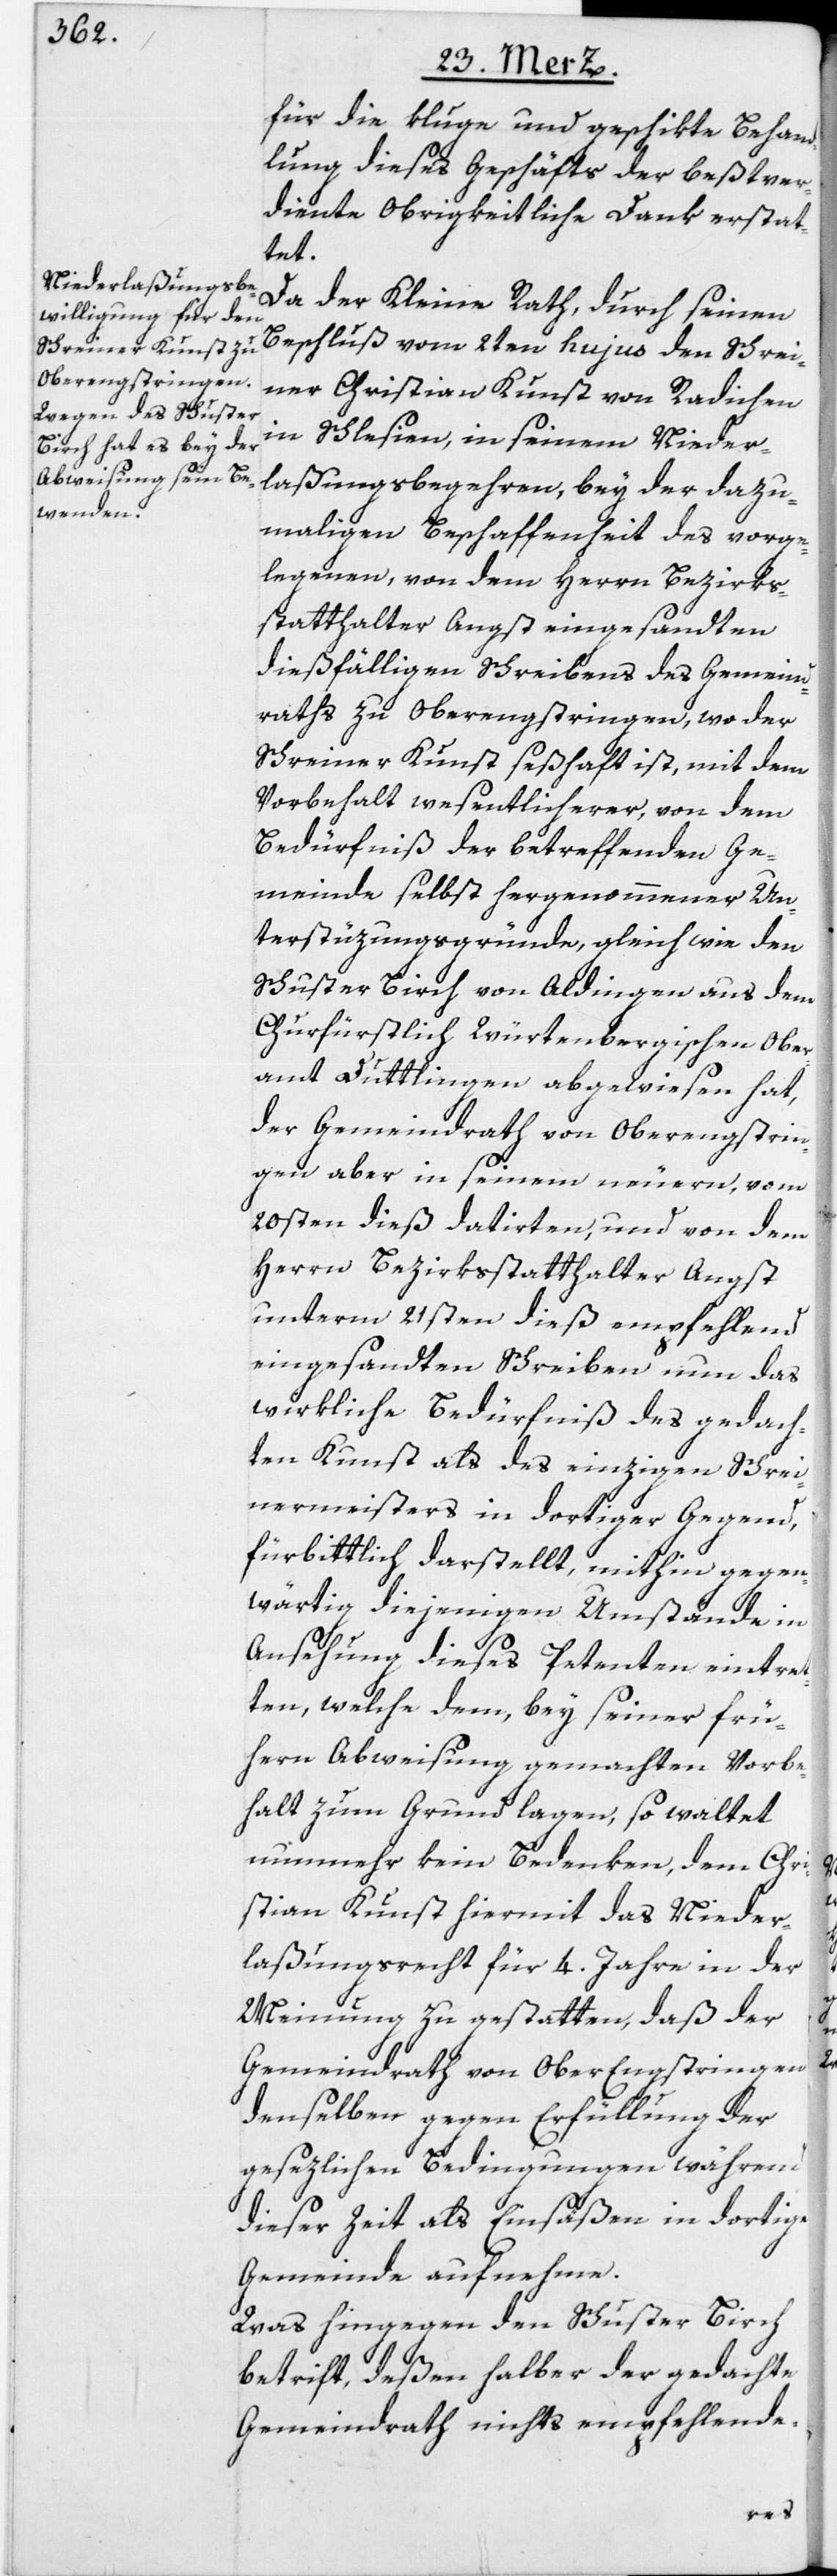
für die kluge und geschikte Behand¬
lung dieses Geschäfts der beßtver¬
diente Obrigkeitliche Dank erstat¬
tet.
Da der Kleine Rath, durch seinen
Beschluß vom 2ten hujus den Schrei¬
ner Christian Kunst von Radichen
in Schlesien, in seinem Nieder¬
laßungsbegehren, bey der dazu¬
maligen Beschaffenheit des vorge¬
legenen, von dem Herrn Bezirks¬
statthalter Angst eingesandten
dießfälligen Schreibens des Gemeind¬
raths zu Oberengstringen, wo der
Schreiner Kunst seßhaft ist, mit dem
Vorbehalt wesentlicherer, von dem
Bedürfniß der betreffenden Ge¬
meinde selbst hergenommener Un¬
terstüzungsgründe, gleich wie den
Schuster Birch von Aldingen aus dem
Churfürstlich Würtenbergischen Ober¬
amt Duttlingen abgewiesen hat,
der Gemeindrath von Oberengstrin¬
gen aber in seinem neuern, vom
20sten dieß datirten, und von dem
Herrn Bezirksstatthalter Angst
unterm 21sten dieß empfehlend
eingesandten Schreiben nun das
wirkliche Bedürfniß des gedach¬
ten Kunst als des einzigen Schrei¬
nermeisters in dortiger Gegend,
fürbittlich darstellt, mithin gegen¬
wärtig diejenigen Umstände in
Ansehung dieses Petenten eintret¬
ten, welche dem, bey seiner frü¬
hern Abweisung gemachten Vorbe¬
halt zum Grund lagen, so waltet
nunmehr kein Bedenken, dem Chri¬
stian Kunst hiermit das Nieder¬
laßungsrecht für 4. Jahre in der
Meinung zu gestatten, daß der
Gemeindrath von Ober[-]Engstringen
denselben gegen Erfüllung der
gesezlichen Bedingungen während
dieser Zeit als Einsäßen in dortige
Gemeinde aufnehme.
Was hingegen den Schuster Birch
betrift, deßen halber der gedachte
Gemeindrath nichts empfehlende-